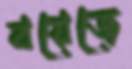
বয়েজে